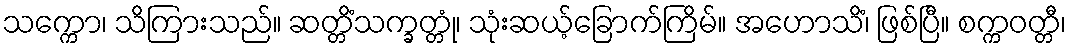
သက္ကော၊ သိကြားသည်။ ဆတ္တိံသက္ခတ္တုံ၊ သုံးဆယ့်ခြောက်ကြိမ်။ အဟောသိံ၊ ဖြစ်ပြီ။ စက္ကဝတ္တီ၊